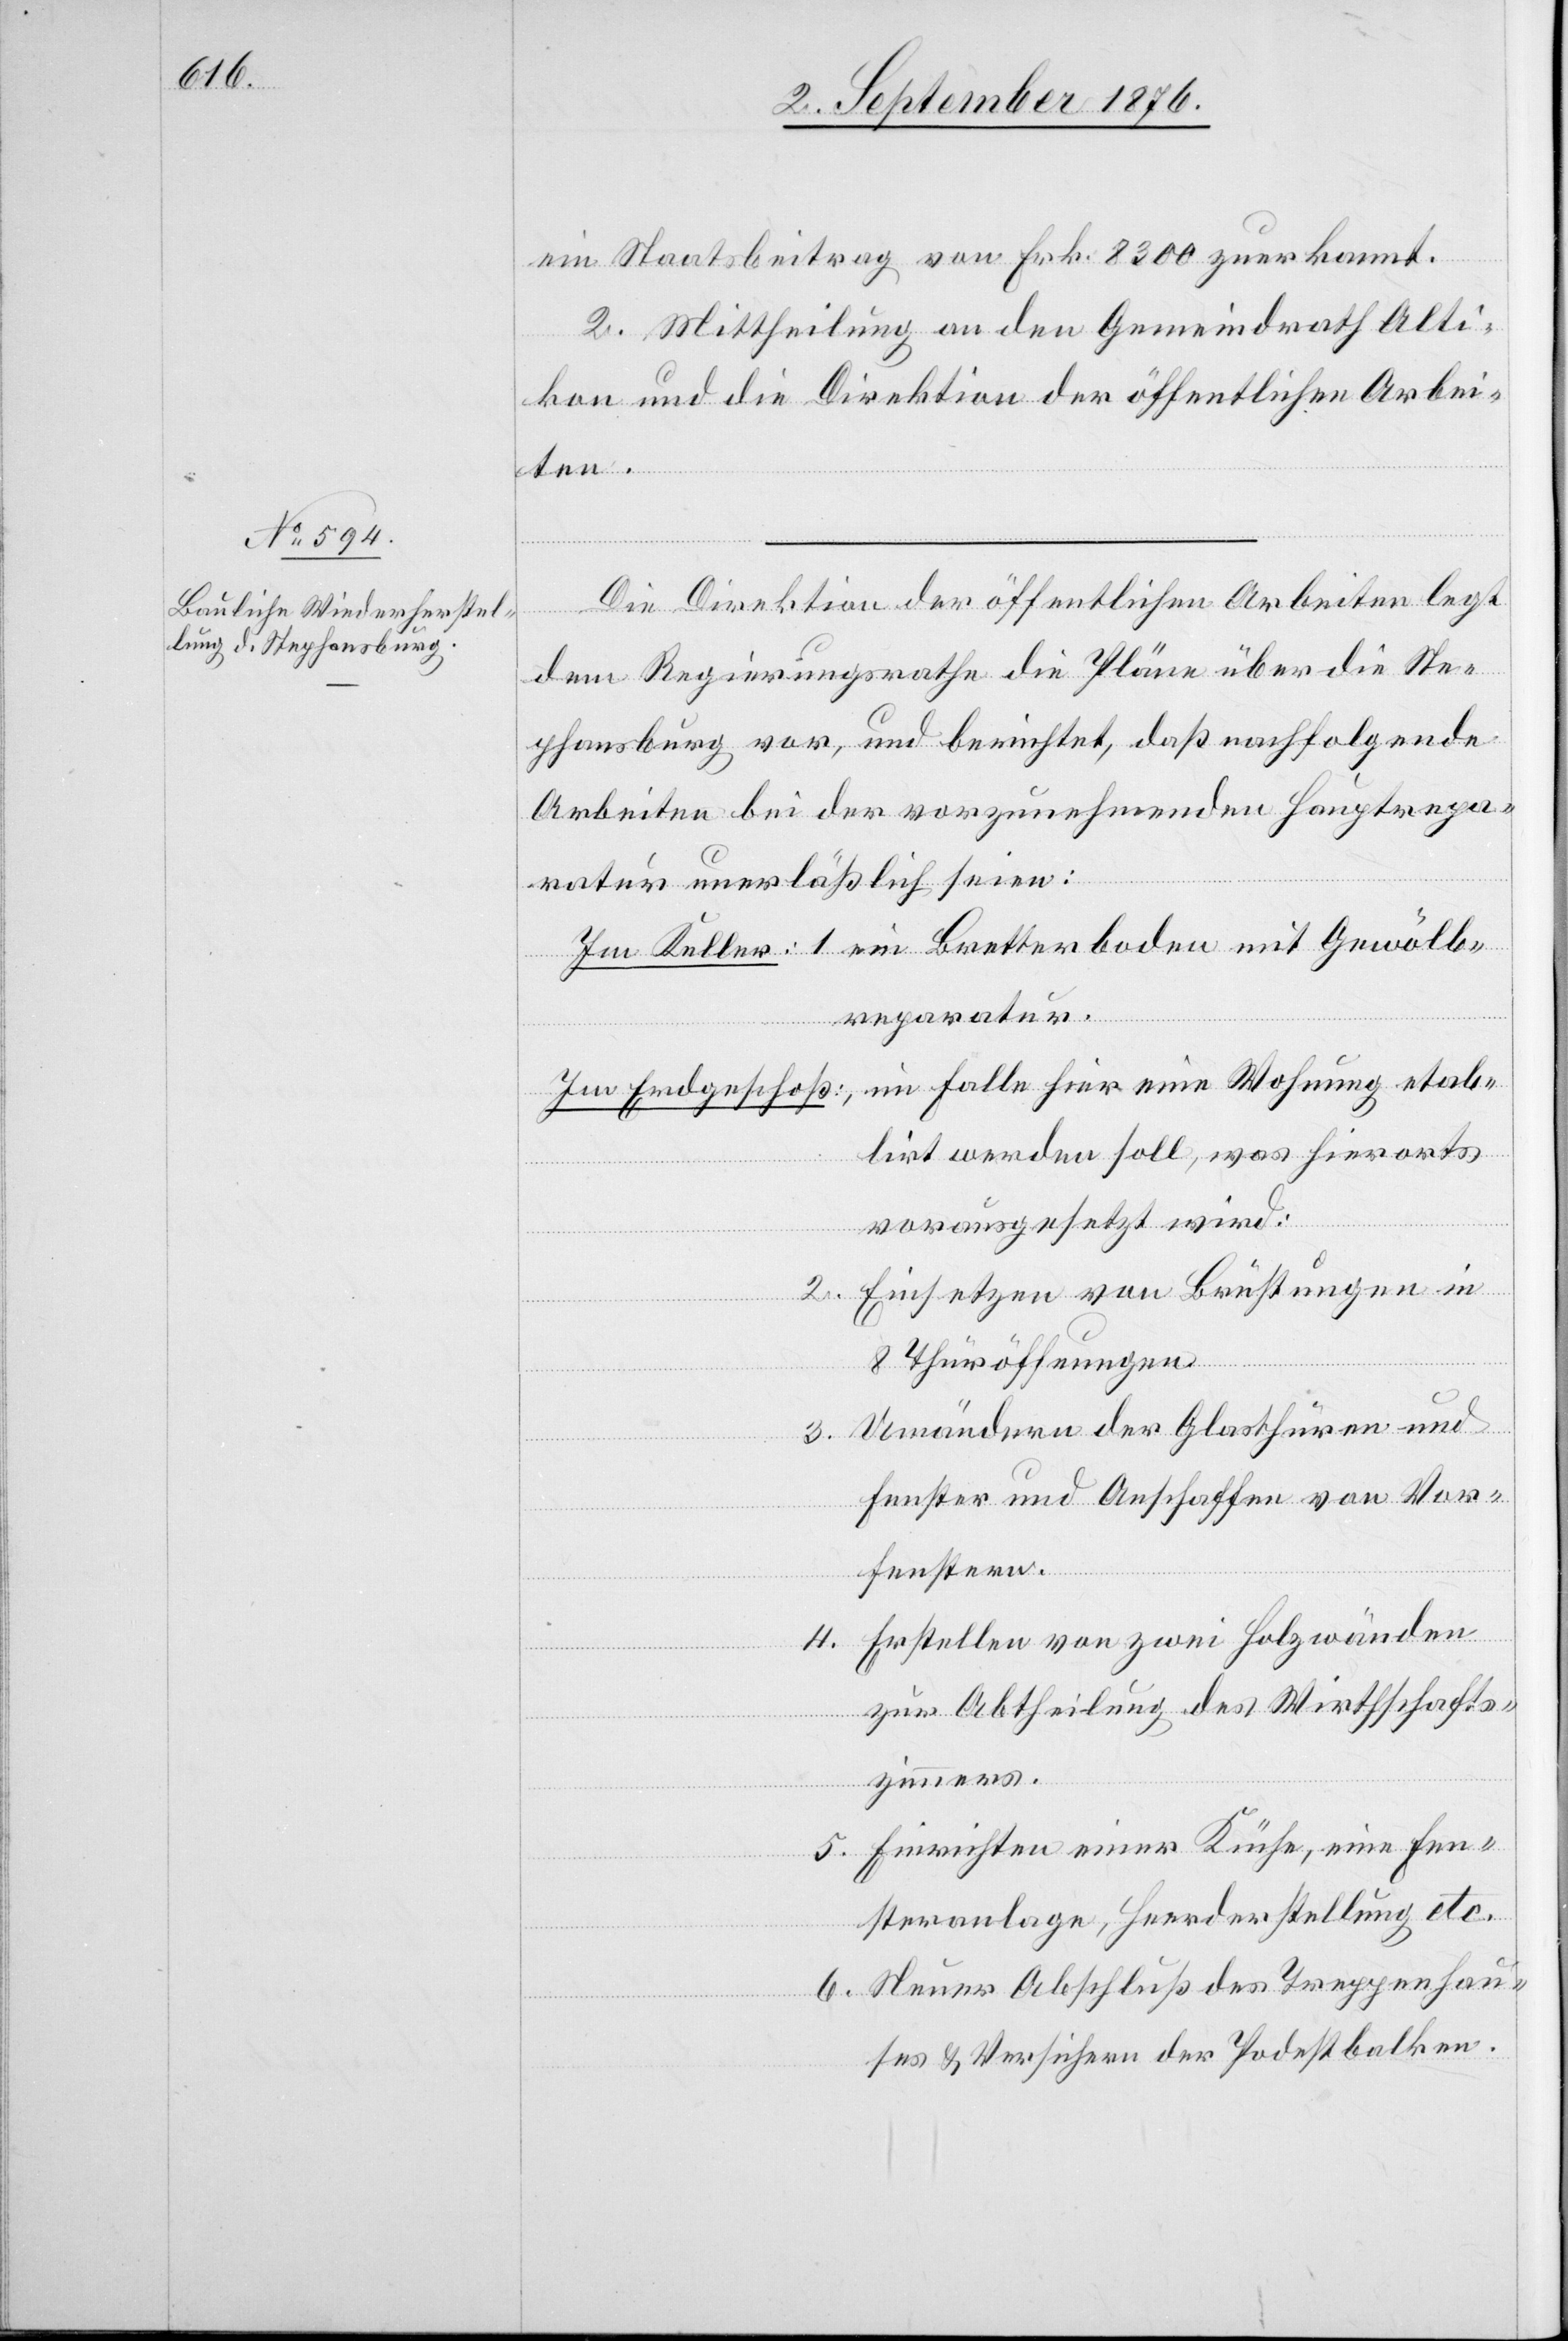
ein Staatsbeitrag von Frk. 8300 zuerkannt.
2. Mittheilung an den Gemeindrath Alti¬
kon und die Direktion der öffentlichen Arbei¬
Bretterboden
ten.
Die Direktion der öffentlichen Arbeiten legt
dem Regierungsrathe die Pläne über die Ste¬
phansburg vor, und berichtet, daß nachfolgende
Arbeiten bei der vorzunehmenden Hauptrepa¬
ratur unerläßlich seien:
mit
breparatur.
im Falle hier eine Wohnung etab¬
Im Erdgeschoß:
lirt werden soll, was hierorts
vorausgesetzt wird:
2. Einsetzen von Brüstungen in
8 Thüröffnungen
3. Umändern der Glasthüren und
Fenster und Anschaffen von Vor¬
fenstern.
4. Erstellen von zwei Holzwänden
zur Abtheilung des Wirthschafts¬
zimmers.
Gewöl¬
5. Einrichten einer Küche, eine Fen¬
steranlage, Herderstellung etc.
6. Neuer Abschluß des Treppenhau¬
ses & Versichern der Podestbalken.